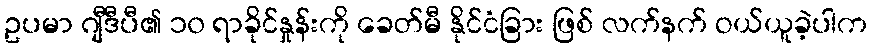
ဥပမာ ဂျီဒီပီ၏ ၁၀ ရာခိုင်နှုန်းကို ခေတ်မီ နိုင်ငံခြား ဖြစ် လက်နက် ဝယ်ယူခဲ့ပါက